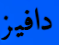
دافيز